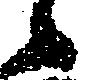
々